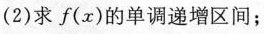
(2)求f(x)的单调递增区间；